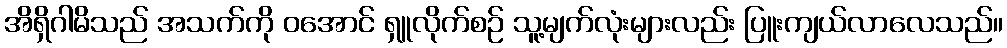
အိရှိဂါမိသည် အသက်ကို ဝအောင် ရှူလိုက်စဉ် သူ့မျက်လုံးများလည်း ပြူးကျယ်လာလေသည်။